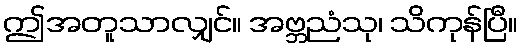
ဤအတူသာလျှင်။ အဗ္ဘညံသု၊ သိကုန်ပြီ။